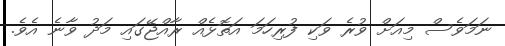
ނަމަވެސް މިއަށް ވުރެ ވަކި ފުރިހަމަ އަތޮޅެއް ރާއްޖޭގައި މަދު ވާނެ އެވެ.